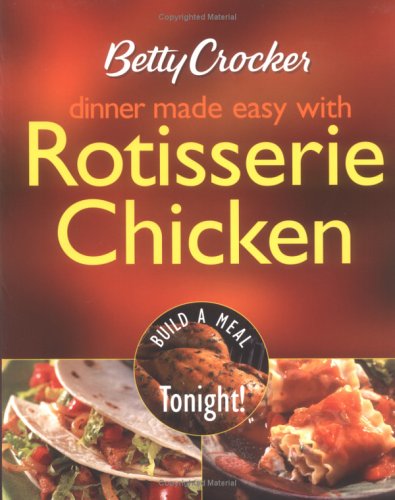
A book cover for Betty Crocker Dinner Made Easy with Rotisserie Chicken: Build a Meal Tonight! (Betty Crocker Books); Betty Crocker Editors; Cookbooks, Food & Wine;